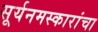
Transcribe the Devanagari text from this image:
सूर्यनमस्कारांचा